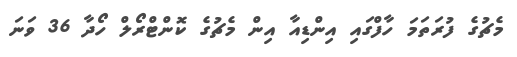
މެޗުގެ ފުރަތަމަ ހާފްގައި އިންޑިއާ އިން މެޗުގެ ކޮންޓްރޯލް ހޯދާ 36 ވަނަ